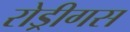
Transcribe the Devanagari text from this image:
रोड्रीगस